Leprosy in India: report of the Leprosy Commission in India, 1890-91
Year: 1890
Disease focus: Leprosy
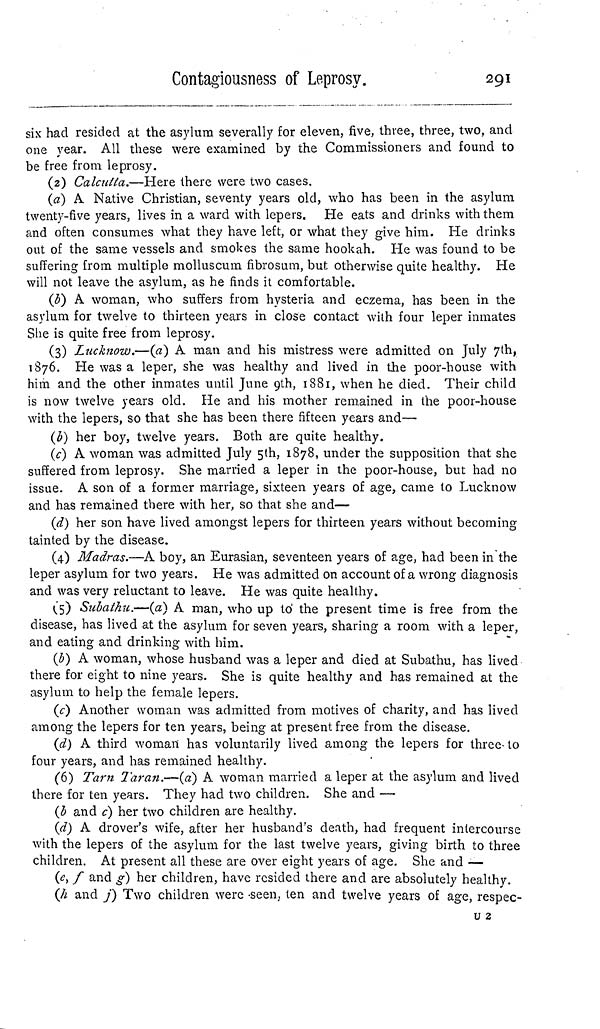
Contagiousness of Leprosy.
291
six had resided at the asylum severally for eleven, five, three, three, two, and
one year. All these were examined by the Commissioners and found to
be free from leprosy.
(2) Calcutta.—Here there were two cases.
(a) A Native Christian, seventy years old, who has been in the asylum
twenty-five years, lives in a ward with lepers. He eats and drinks with them
and often consumes what they have left, or what they give him. He drinks
out of the same vessels and smokes the same hookah. He was found to be
suffering from multiple molluscum fibrosum, but otherwise quite healthy. He
will not leave the asylum, as he finds it comfortable.
(b) A woman, who suffers from hysteria and eczema, has been in the
asylum for twelve to thirteen years in close contact with four leper inmates
She is quite free from leprosy.
(3) Lucknow.—(a) A man and his mistress were admitted on July 7th,
1876. He was a leper, she was healthy and lived in the poor-house with
him and the other inmates until June 9th, 1881, when he died. Their child
is now twelve years old. He and his mother remained in the poor-house
with the lepers, so that she has been there fifteen years and—
(b) her boy, twelve years. Both are quite healthy.
(c) A woman was admitted July 5th, 1878, under the supposition that she
suffered from leprosy. She married a leper in the poor-house, but had no
issue. A son of a former marriage, sixteen years of age, came to Lucknow
and has remained there with her, so that she and—
(d) her son have lived amongst lepers for thirteen years without becoming
tainted by the disease.
(4) Madras.—A boy, an Eurasian, seventeen years of age, had been in the
leper asylum for two years. He was admitted on account of a wrong diagnosis
and was very reluctant to leave. He was quite healthy.
(5) Subathu.—(a) A man, who up to the present time is free from the
disease, has lived at the asylum for seven years, sharing a room with a leper,
and eating and drinking with him.
(b) A woman, whose husband was a leper and died at Subathu, has lived
there for eight to nine years. She is quite healthy and has remained at the
asylum to help the female lepers.
(c) Another woman was admitted from motives of charity, and has lived
among the lepers for ten years, being at present free from the disease.
(d) A third woman has voluntarily lived among the lepers for three- to
four years, and has remained healthy.
(6) Tarn Taran.—(a) A woman married a leper at the asylum and lived
there for ten years. They had two children. She and —
(b and c) her two children are healthy.
(d) A drover's wife, after her husband's death, had frequent intercourse
with the lepers of the asylum for the last twelve years, giving birth to three
children. At present all these are over eight years of age. She and —
(e, f and g) her children, have resided there and are absolutely healthy.
(h and j) Two children were seen, ten and twelve years of age, respec-
U 2